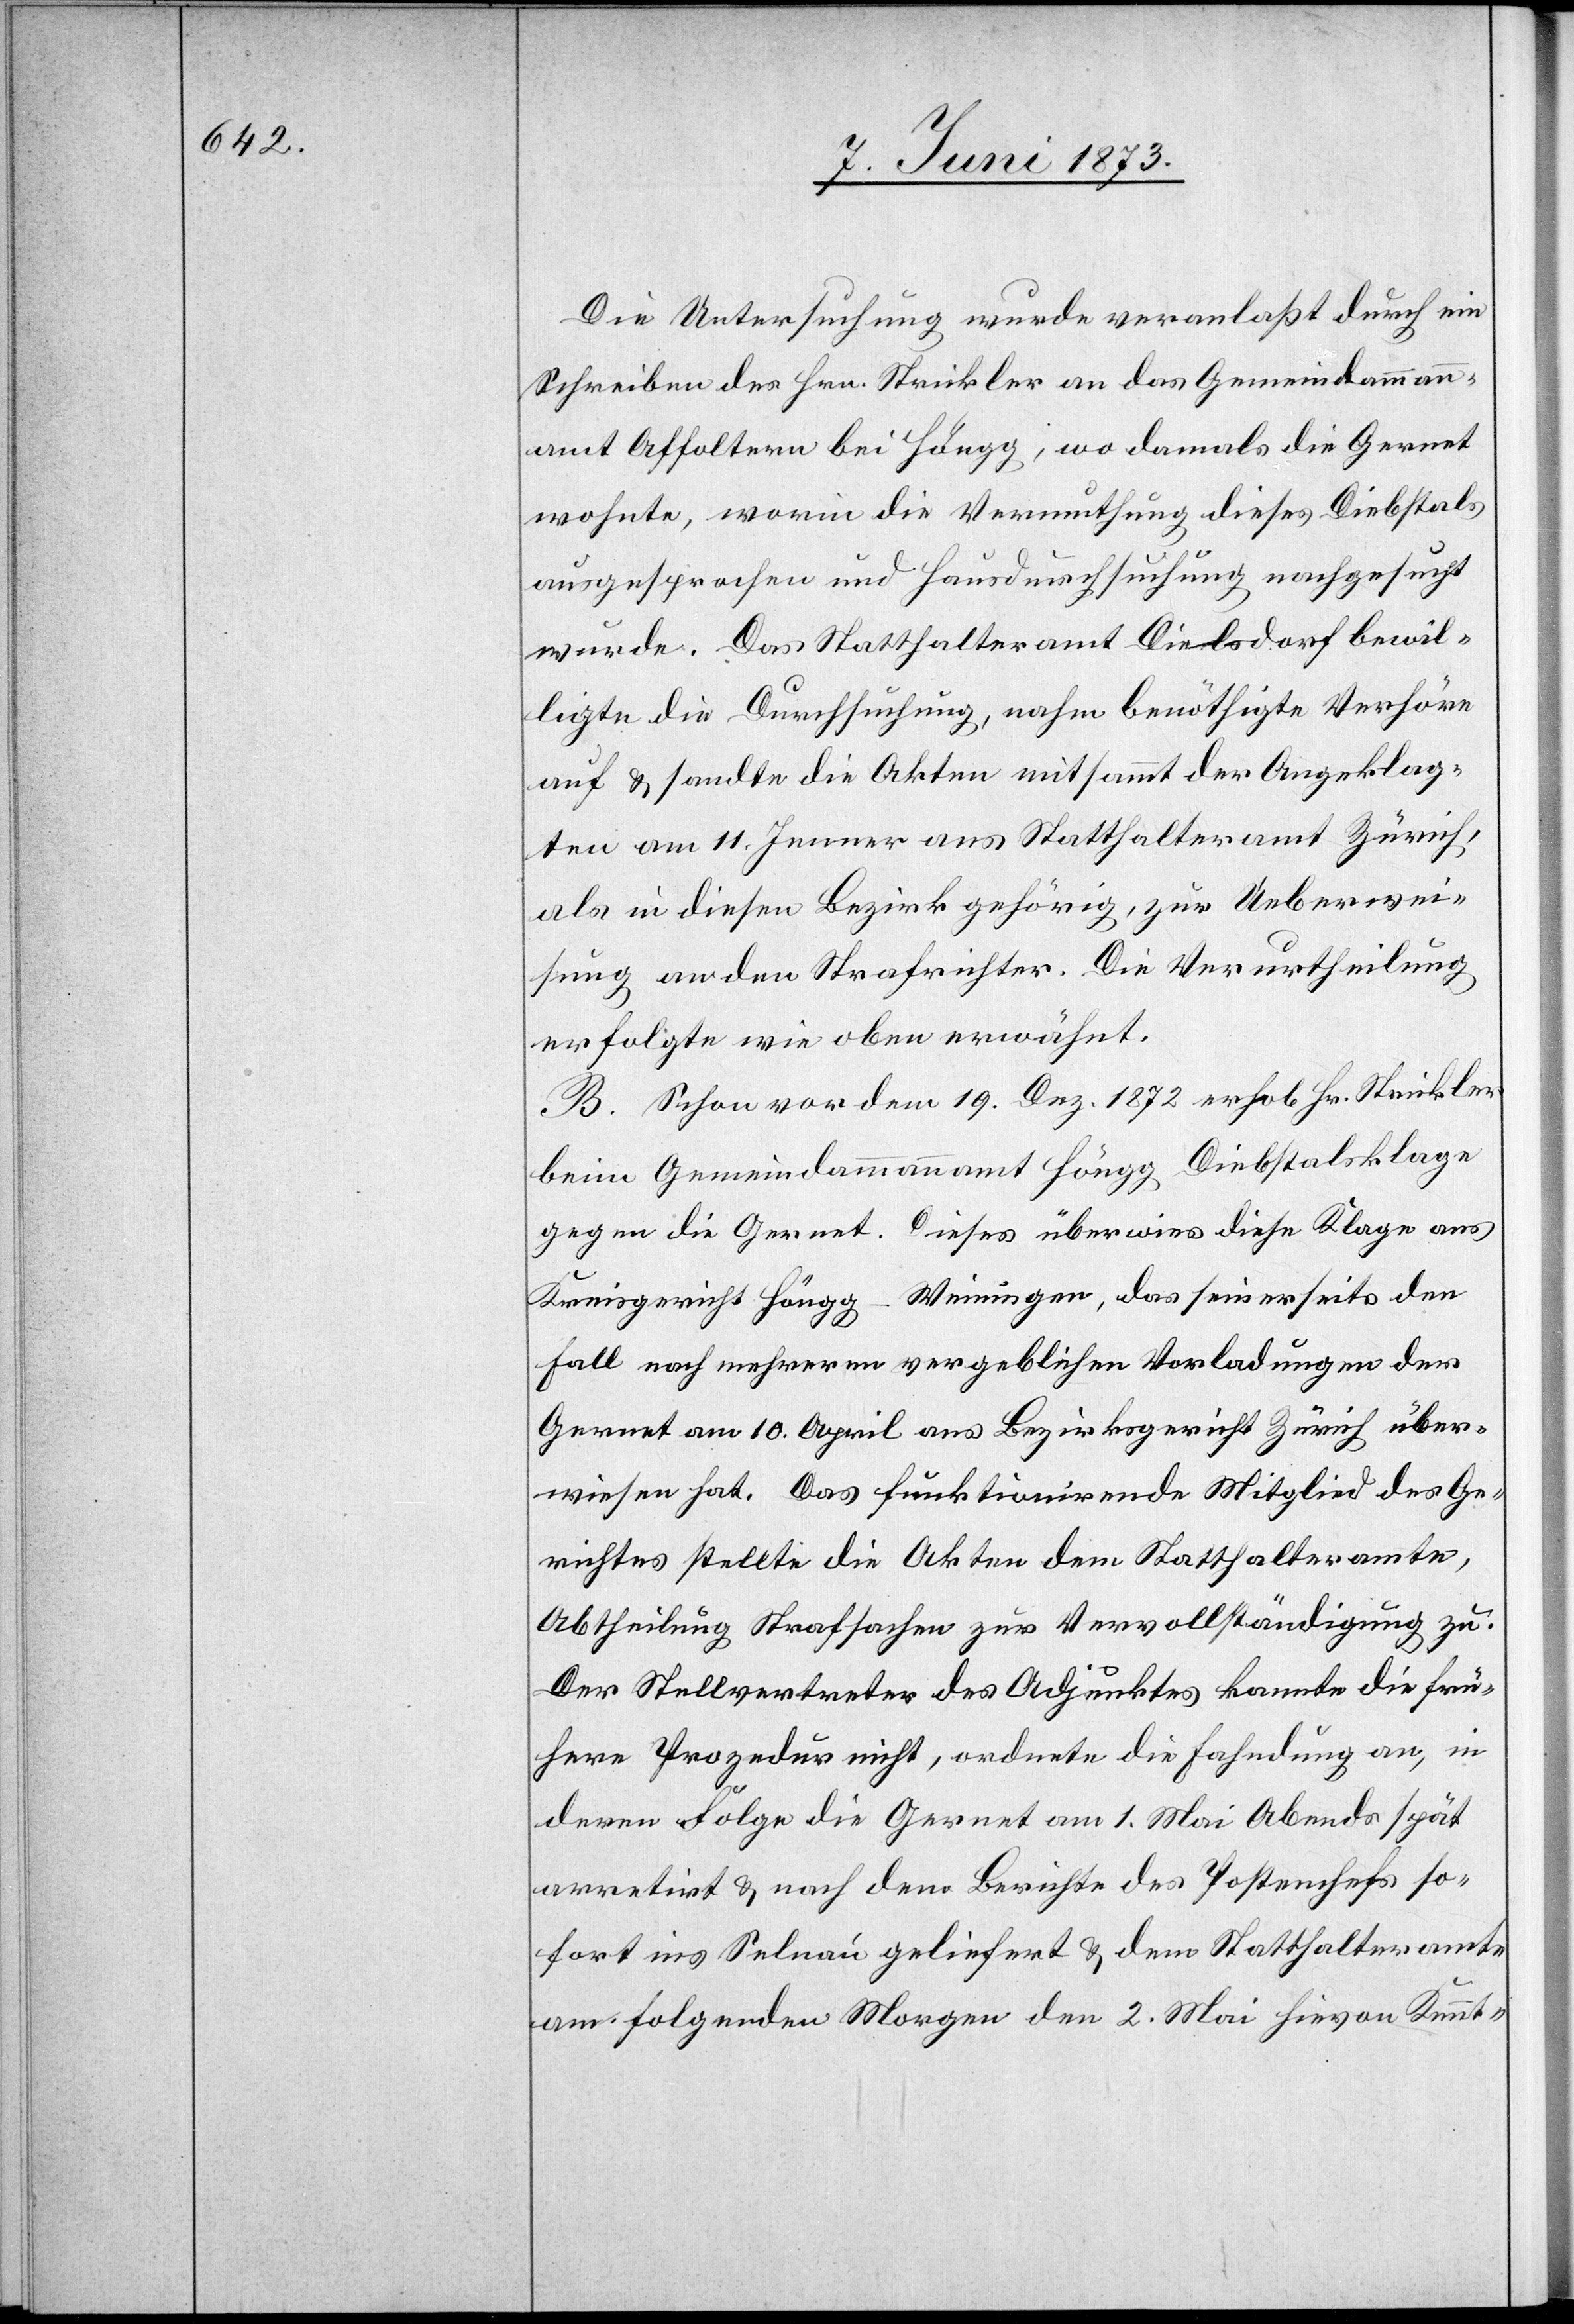
Die Untersuchung wurde veranlaßt durch ein
Schreiben des Hrn. Strickler an das Gemeindammann¬
amt Affoltern bei Höngg, wo damals die Gernet
wohnte, worin die Vermuthung dieses Diebstals
ausgesprochen und Hausdurchsuchung nachgesucht
wurde. Das Statthalteramt Dielsdorf bewil¬
ligte die Durchsuchung, nahm benöthigte Verhöre
auf & sandte die Akten mitsammt der Angeklag¬
ten am 11. Jenner ans Statthalteramt Zürich,
als in diesen Bezirk gehörig, zu Ueberwei¬
sung an den Strafrichter. Die Verurtheilung
erfolgte wie oben erwähnt.
B. Schon vor dem 19. Dez. 1872 erhob Hr. Strickler
beim Gemeindammannamt Höngg Diebstalsklage
gegen die Gernet. Dieses überwies diese Klage ans
Kreisgericht Höngg-Weiningen, das seinerseits den
Fall nach mehreren vergeblichen Vorladungen der
Gernet am 10. April ans Bezirksgericht Zürich über¬
wiesen hat. Das funktionirende Mitglied des Ge¬
richtes stellte die Akten dem Statthalteramte,
Abtheilung Strafsachen zur Vervollständigung zu.
Der Stellvertreter des Adjunktes kannte die frü¬
here Prozedur nicht, ordnete die Fahndung an, in
deren Folge die Gernet am 1. Mai Abends spät
arretirt & nach dem Berichte des Postenchefs so¬
fort ins Selnau geliefert & dem Statthalteramte
am folgenden Morgen den 2. Mai hievon Kennt-